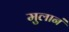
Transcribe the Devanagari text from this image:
मुलानं